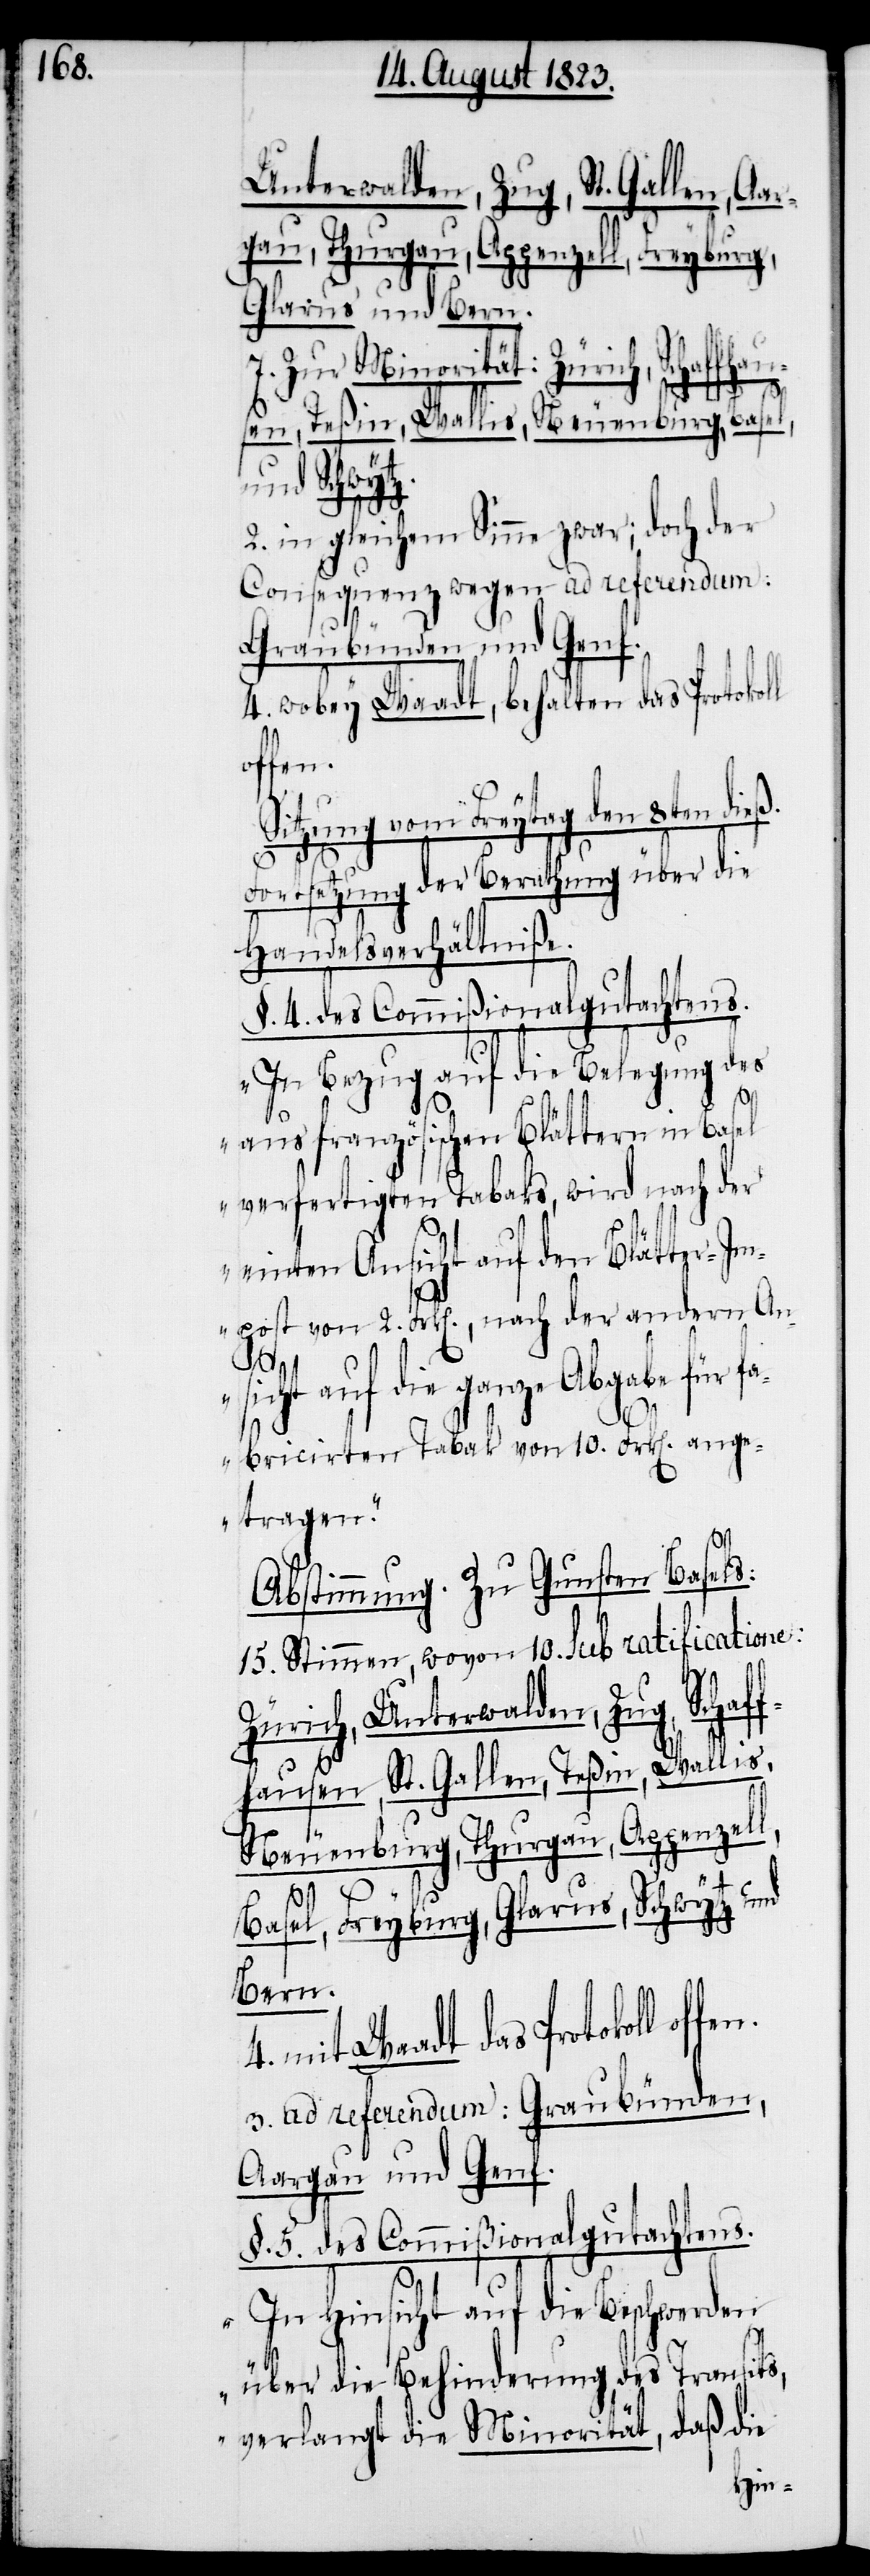
Unterwalden, Zug, Schaff¬
gau, Thurgau, Appenzell, Freyburg,
Glarus und Bern.
chaffhaus¬
7. Zur Minorität: Zürich,
Zürich,
en, Teßin, Wallis, Neuenburg, Basel,
und Schwytz.
2. in gleichem Sinne zwar; doch der
Consequenz wegen ad referendum:
Graubünden und Genf.
4. wobey Waadt, behalten das Protokoll
offen.
Sitzung vom Freytag den 8ten
Fortsetzung der Berathung über die
Handelsverhältniße.
§. 4. des Commißionalgutachtens.
„In Bezug auf die Belegung des
aus französischen Blättern in Basel
verfertigten Tabaks, wird nach der
einten Ansicht auf den Blätter-Im¬
post von 2. Frk[en]., nach der andern An¬
sicht auf die ganze Abgabe
fabricirten Tabak von 10. Frk[en]. ange¬
tragen.“
Abstimmung. Zu Gunsten Basels:
15. Stimmen, wovon 10. sub ratificatione:
hausen, St. Gallen, Teßin, Wallis,
Neuenburg, Thurgau, Appenzel¬
l,
Basel, Freyburg, Glarus, Schwytz und
Bern.
mit Waadt das Protokoll
3. ad referendum: Graubünden,
Aargau und Genf.
§. 5. des Commißionalgutachtens.
„In Hinsicht auf die Beschwerden
über die Behinderung des Transits,
verlangt die Minorität, daß die